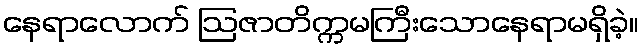
နေရာလောက် ဩဇာတိက္ကမကြီးသောနေရာမရှိခဲ့။